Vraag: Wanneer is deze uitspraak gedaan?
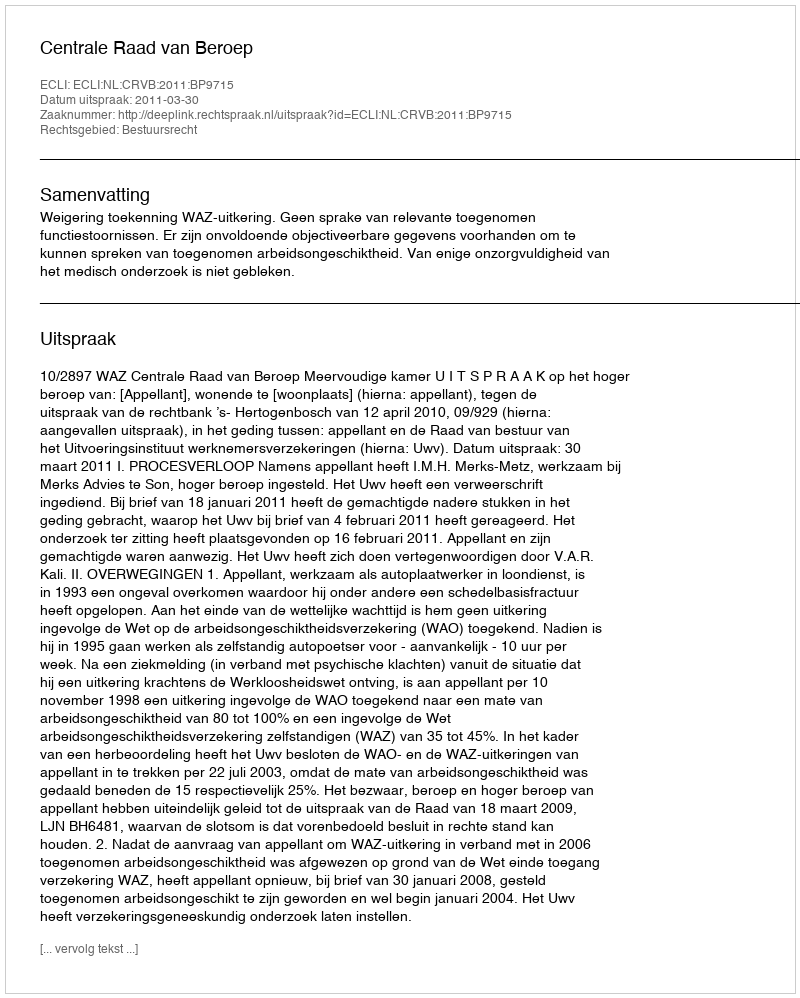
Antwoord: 2011-03-30